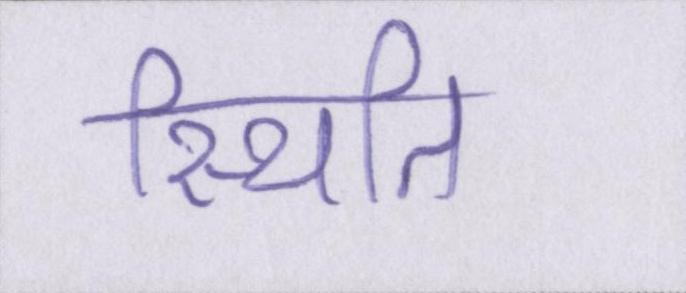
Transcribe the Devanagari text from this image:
स्थिति